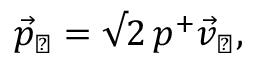
\vec { p } _ { \perp } = \surd 2 \, p ^ { + } \vec { v } _ { \perp } ,